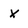
Character: x